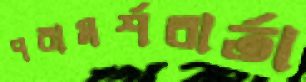
পরামর্শবার্তা